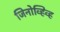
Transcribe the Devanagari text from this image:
जिनोव्हिव्ह